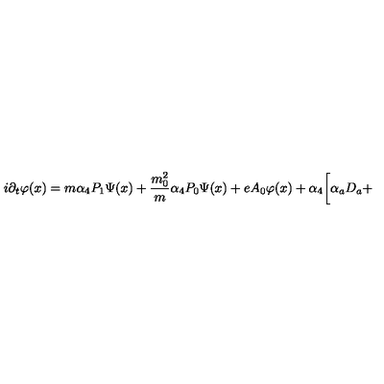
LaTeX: i \partial _ { t } \varphi ( x ) = m \alpha _ { 4 } P _ { 1 } \Psi ( x ) + \frac { m _ { 0 } ^ { 2 } } { m } \alpha _ { 4 } P _ { 0 } \Psi ( x ) + e A _ { 0 } \varphi ( x ) + \alpha _ { 4 } \biggl [ \alpha _ { a } D _ { a } +